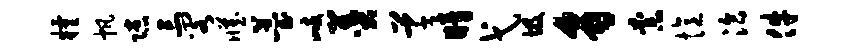
粮帆隙三阁臧薹歧羹草暗弋圾豸柰忆洽件